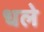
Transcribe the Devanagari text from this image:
धले